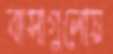
বাসাগুলোয়